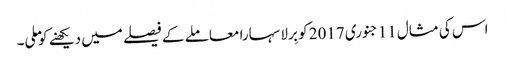
اس کی مثال 11جنوری 2017 کو بِرلا سہارا معاملے کے فیصلے میں دیکھنے کو ملی۔